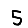
Digit: 5